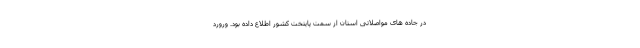
در جاده های مواصلاتی استان از سمت پایتخت کشور اطلاع داده بود. ورورد